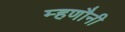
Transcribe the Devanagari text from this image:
म्हणौनी